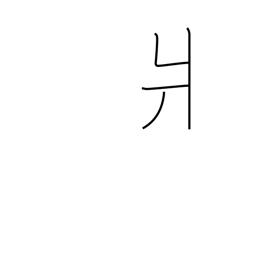
Meaning: left-side kata radical (no. 90)